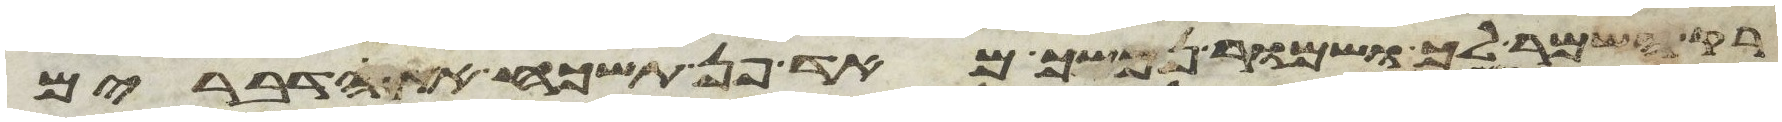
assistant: רק השמר לך ושמור נפשך מאד פן תשכח את הדברים